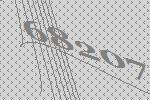
68207